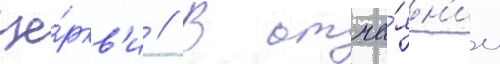
це́ркв'и // В отча́ян'ии